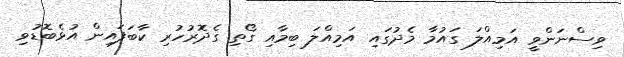
ވިސްނަންވީ އަމިއްލަ ގައުމާ މެދުގައި އަމިއްލަ ބިމާއި ގޯތި ގެދޮރުހުރި ކާބަފައިން އުޅެބޮޑުވި